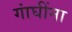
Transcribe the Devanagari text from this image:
गांघींना